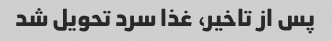
پس از تاخیر، غذا سرد تحویل شد